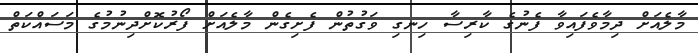
މާލެއަށް ދިމާވެފައިވާ ފެނުގެ ކާރިސާ ހިނގި ވަގުތުން ފެށިގެން މާލެއަށް ފޯރުކޮށްދިނުމުގެ މަސައްކަތް